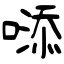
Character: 𠻹